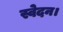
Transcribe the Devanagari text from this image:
स्वेदन।